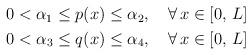
LaTeX: \begin{align*}\begin{aligned}0<\alpha_{1}\leq p(x)\leq\alpha_{2},\quad\forall\,x\in[0,\,L] \\0<\alpha_{3}\leq q(x)\leq \alpha_{4},\quad\forall\,x\in[0,\,L]\end{aligned}\end{align*}